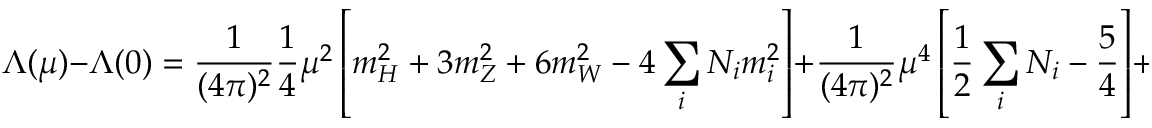
\Lambda ( \mu ) - \Lambda ( 0 ) = \frac { 1 } { ( 4 \pi ) ^ { 2 } } \frac { 1 } { 4 } \mu ^ { 2 } \left[ m _ { H } ^ { 2 } + 3 m _ { Z } ^ { 2 } + 6 m _ { W } ^ { 2 } - 4 \sum _ { i } N _ { i } m _ { i } ^ { 2 } \right] + \frac { 1 } { ( 4 \pi ) ^ { 2 } } \mu ^ { 4 } \left[ \frac { 1 } { 2 } \sum _ { i } N _ { i } - \frac { 5 } { 4 } \right] + \mathcal { O } ( \frac { \mu ^ { 6 } } { m _ { l a r g e } ^ { 2 } } ) \, .